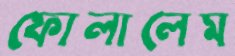
ফোলালেম